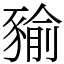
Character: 𧱬